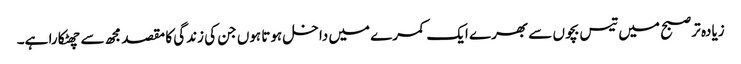
زیادہ تر صبح میں تیس بچوں سے بھرے ایک کمرے میں داخل ہوتا ہوں جن کی زندگی کا مقصد مجھ سے چھٹکارا ہے۔